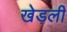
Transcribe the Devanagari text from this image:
खेड़ली